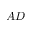
A D